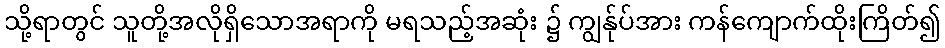
သို့ရာတွင် သူတို့အလိုရှိသောအရာကို မရသည့်အဆုံး ၌ ကျွန်ုပ်အား ကန်ကျောက်ထိုးကြိတ်၍